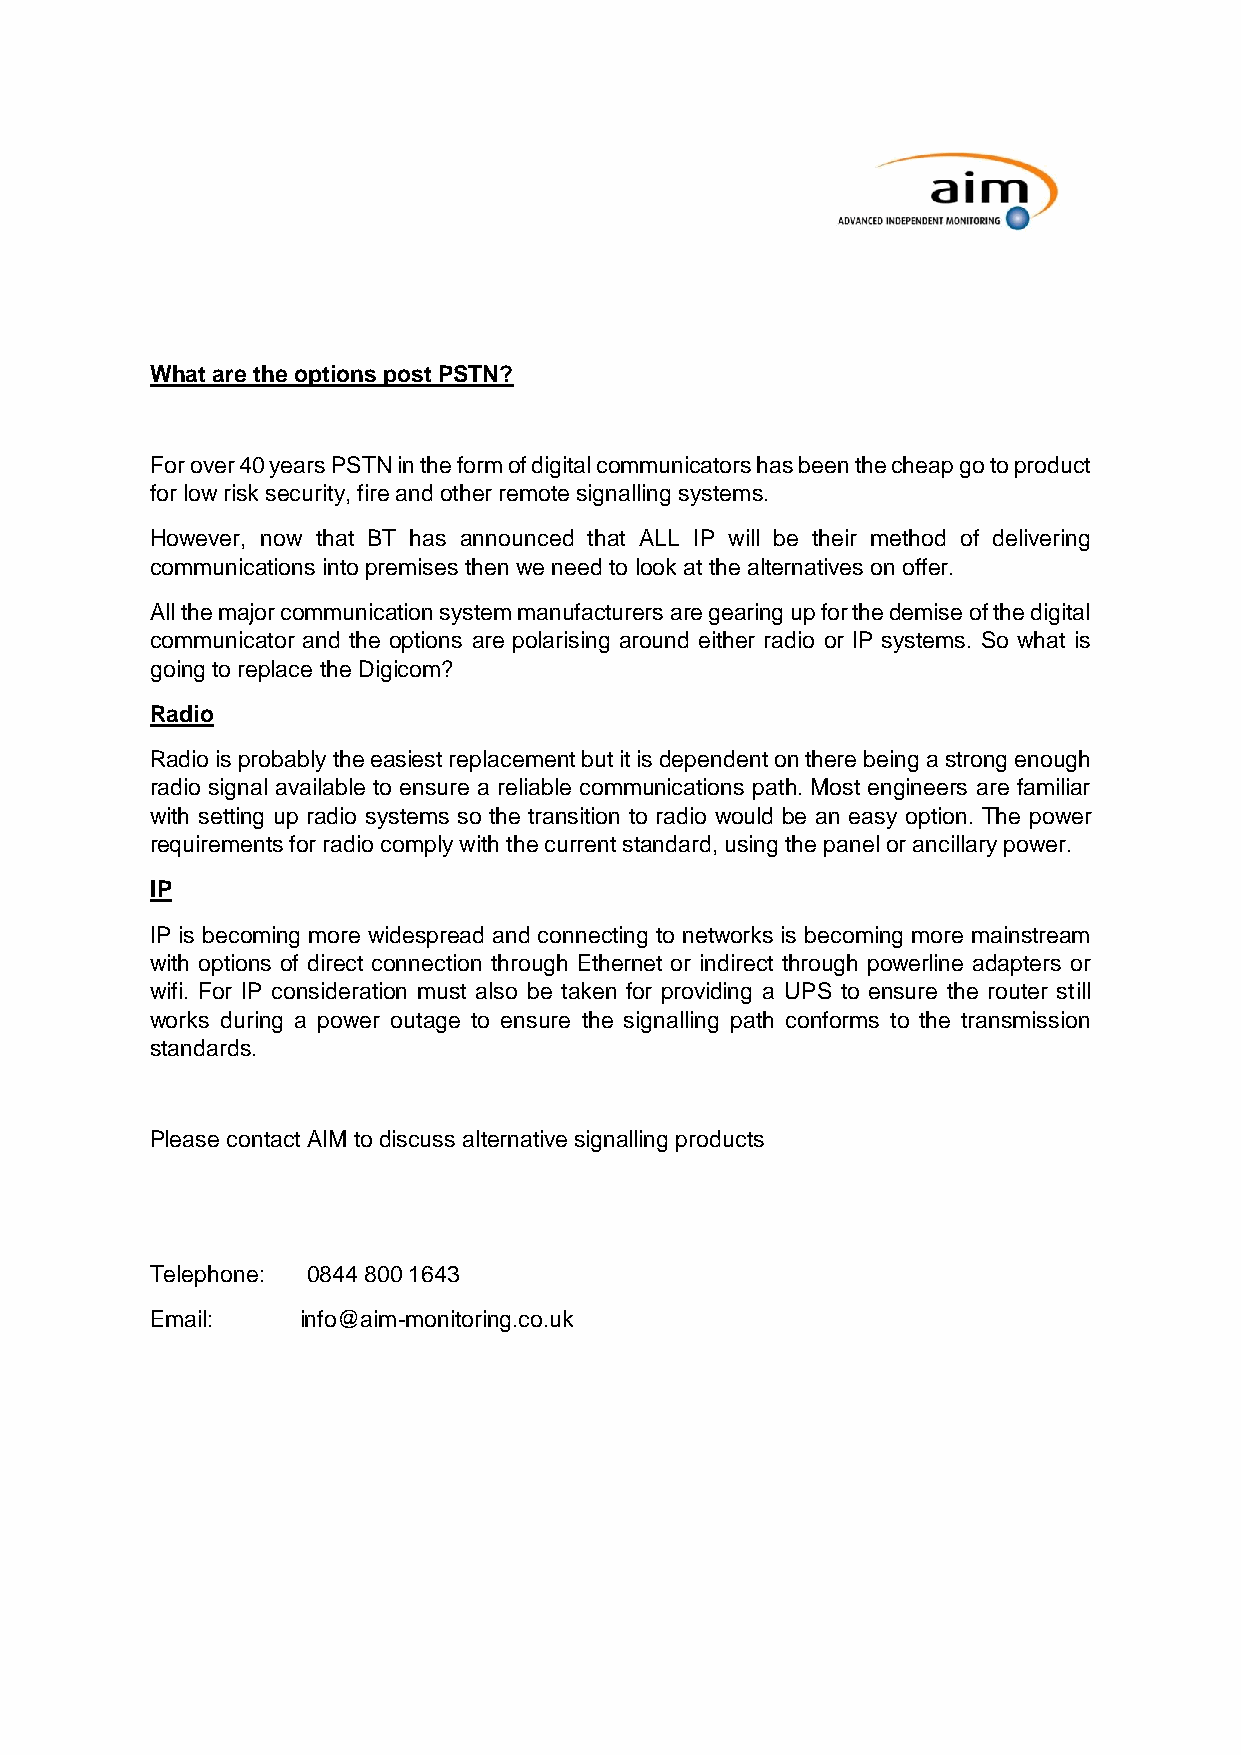
What are the options post PSTN?
 For over 40 years PSTN in the form of digital communicators has been the cheap go to product
 for low risk security, fire and other remote signalling systems.
 However, now that BT has announced that ALL IP will be their method of delivering
 communications into premises then we need to look at the alternatives on offer.
 All the major communication system manufacturers are gearing up for the demise of the digital
 communicator and the options are polarising around either radio or IP systems. So what is
 going to replace the Digicom?
 Radio
 Radio is probably the easiest replacement but it is dependent on there being a strong enough
 radio signal available to ensure a reliable communications path. Most engineers are familiar
 with setting up radio systems so the transition to radio would be an easy option. The power
 requirements for radio comply with the current standard, using the panel or ancillary power.
 IP
 IP is becoming more widespread and connecting to networks is becoming more mainstream
 with options of direct connection through Ethernet or indirect through powerline adapters or
 wifi. For IP consideration must also be taken for providing a UPS to ensure the router still
 works during a power outage to ensure the signalling path conforms to the transmission
 standards.
 Please contact AIM to discuss alternative signalling products
 Telephone: 0844 800 1643
 Email:    info@aim-monitoring.co.uk